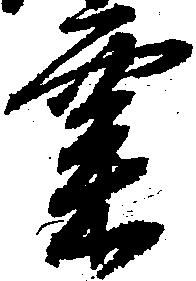
粟